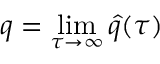
q = \operatorname* { l i m } _ { \tau \rightarrow \infty } \hat { q } ( \tau )